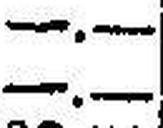
—.—